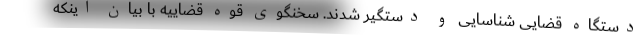
دستگاه قضایی شناسایی و دستگیر شدند. سخنگوی قوه قضاییه با بیان اینکه